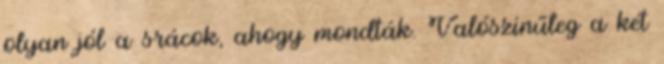
olyan jól a srácok, ahogy mondták. Valószínűleg a két